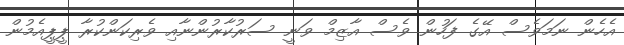
އެހެން ނަމަވެސް އޭގެ ފަހުން ވެސް އާޒިމް ވަނީ ސަރުކާރުންނާއި ވެރިކަންކުރާ ޕީޕީއެމުން